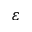
\varepsilon